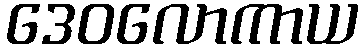
ဒေဝလောကာယ